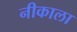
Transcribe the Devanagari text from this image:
नीकाला